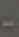
-